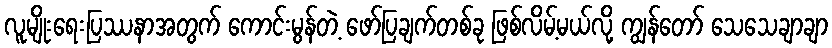
လူမျိုးရေးပြဿနာအတွက် ကောင်းမွန်တဲ့ ဖော်ပြချက်တစ်ခု ဖြစ်လိမ့်မယ်လို့ ကျွန်တော် သေသေချာချာ